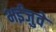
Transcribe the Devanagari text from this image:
भईजुवे